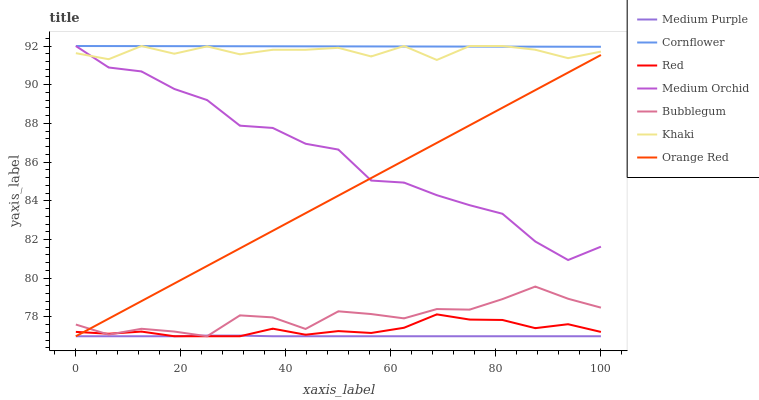
| xaxis_label | Medium Purple | Cornflower | Red | Medium Orchid | Bubblegum | Khaki | Orange Red |
 | --- | --- | --- | --- | --- | --- | --- | --- |
 | 0 | 77 | 92 | 77.2 | 92 | 77.6 | 91.6 | 77 |
 | 6.25 | 77 | 92 | 77.1 | 90.9 | 77.1 | 91.3 | 77.9 |
 | 12.5 | 77 | 92 | 77.2 | 90.7 | 77.4 | 92 | 78.8 |
 | 18.8 | 77 | 92 | 77 | 89.8 | 77.2 | 91.6 | 79.7 |
 | 25 | 77 | 92 | 77 | 89.2 | 77 | 92 | 80.6 |
 | 31.2 | 77 | 92 | 77 | 87.9 | 78.1 | 91.6 | 81.5 |
 | 37.5 | 77 | 92 | 77.4 | 87.8 | 78 | 91.8 | 82.5 |
 | 43.8 | 77 | 92 | 77.1 | 86.9 | 77.4 | 91.8 | 83.4 |
 | 50 | 77 | 92 | 77.3 | 86.6 | 78.3 | 91.9 | 84.3 |
 | 56.2 | 77 | 92 | 77.2 | 85 | 78.1 | 91.5 | 85.2 |
 | 62.5 | 77 | 92 | 77.4 | 84.9 | 77.9 | 92 | 86.1 |
 | 68.8 | 77 | 92 | 78.1 | 84.3 | 78.4 | 91.3 | 87 |
 | 75 | 77 | 92 | 77.9 | 83.8 | 78.4 | 92 | 87.9 |
 | 81.2 | 77 | 92 | 77.8 | 83.3 | 78.9 | 92 | 88.8 |
 | 87.5 | 77 | 92 | 77.4 | 81.9 | 79.6 | 91.8 | 89.7 |
 | 93.8 | 77 | 92 | 77.6 | 80.9 | 78.9 | 91.4 | 90.6 |
 | 100 | 77 | 92 | 77.2 | 81.6 | 78.5 | 91.7 | 91.5 |